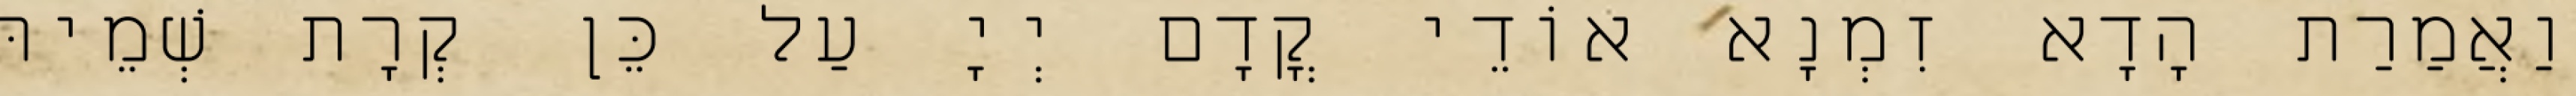
וַאֲמַרַת הָדָא זִמְנָא אוֹדֵי קֳדָם יְיָ עַל כֵּן קְרָת שְׁמֵיהּ